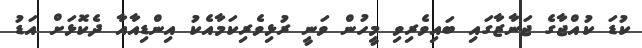
ކުޑަ ކުއްޖާގެ ޖަނާޒާގައި ބައިވެރިވި މީހުން ވަނީ ރުޅިވެރިކަމާއެކު އިންޑިއާއާ ދެކޮޅަށް އަޑު